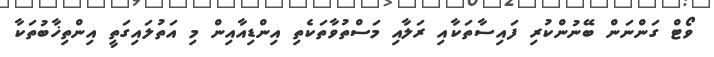
ވޯޓް ގަންނަން ބޭނުންކުރި ފައިސާތަކާއި ރަލާއި މަސްތުވާތަކެތި އިންޑިއާއިން މި އަތުލައިގަތީ އިންތިޚާބުތަކާ